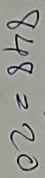
848 = 20